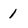
Character: 1